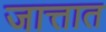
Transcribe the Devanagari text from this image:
जात्तात